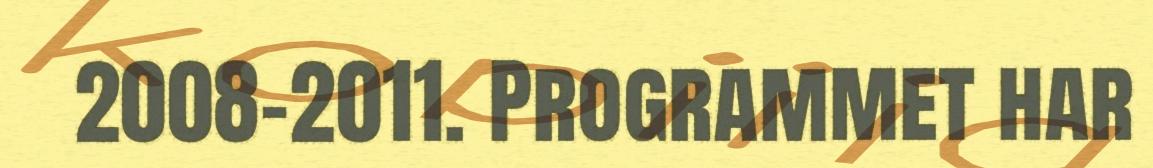
2008-2011. Programmet har